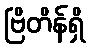
ဗြိတိန်ရှိ